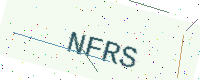
Text: NFRS